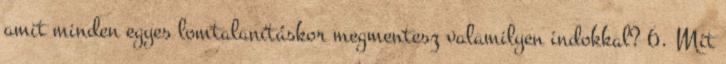
amit minden egyes lomtalanításkor megmentesz valamilyen indokkal? 6. Mit